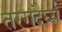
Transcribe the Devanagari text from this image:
तरगदैर्घ्य